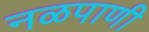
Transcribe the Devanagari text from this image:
नळपाणी